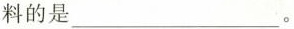
料的是___。